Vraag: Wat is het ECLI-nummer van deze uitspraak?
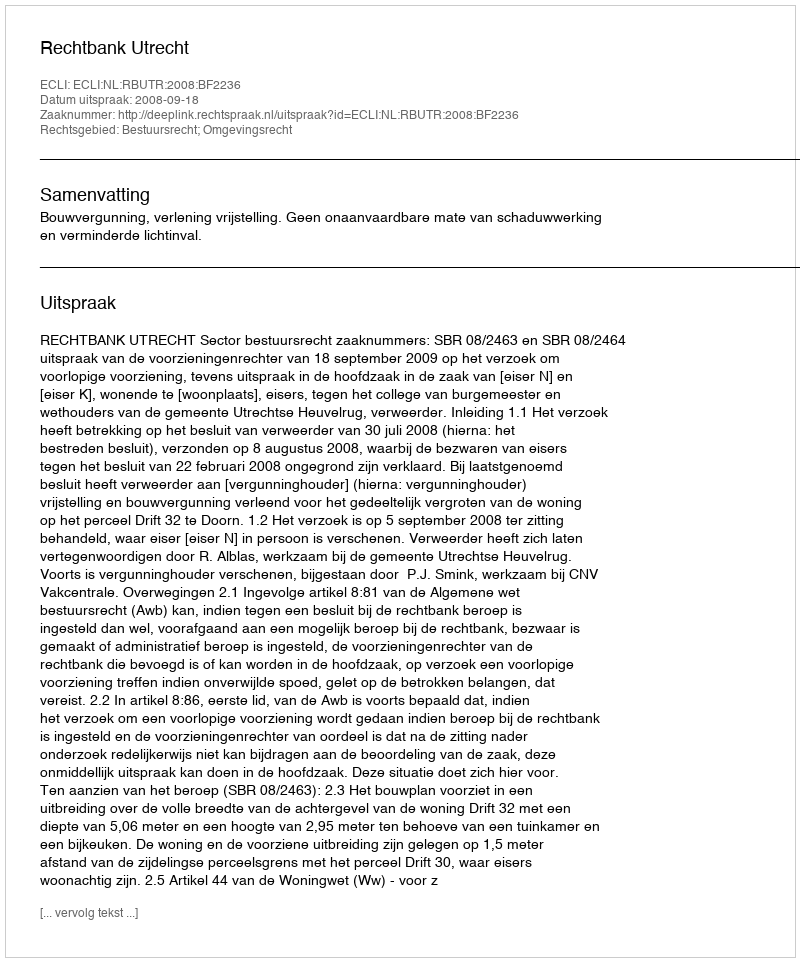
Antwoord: ECLI:NL:RBUTR:2008:BF2236